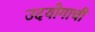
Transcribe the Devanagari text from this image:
उदयोगाची